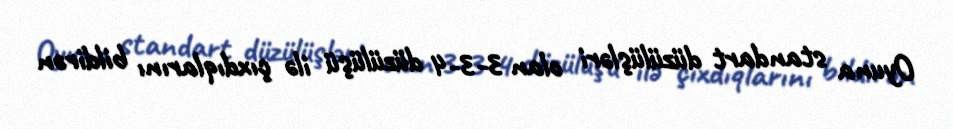
Oyuna standart düzülüşləri olan 3-3-4 düzülüşü ilə çıxdıqlarını bildirən